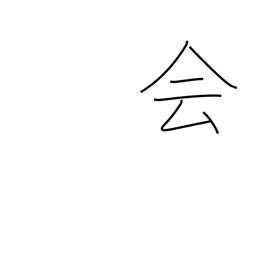
Meaning: join